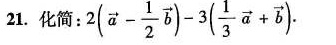
化简： $$2( \overrightarrow{a}- \frac{1}{2} \overrightarrow{b})-3( \frac{1}{3} \overrightarrow{a}+ \overrightarrow{b}).$$